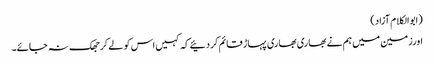
(ابوالکلام آزاد)
اورزمین میں ہم نے بھاری بھاری پہاڑ قائم کردئیے کہ کہیں اس کو لے کر جھک نہ جائے۔